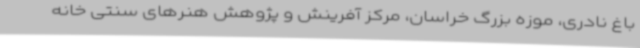
باغ نادری، موزه بزرگ خراسان، مرکز آفرینش و پژوهش هنرهای سنتی خانه